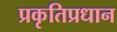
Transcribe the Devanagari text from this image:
प्रकृतिप्रधान